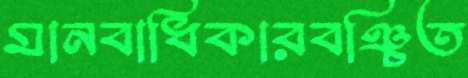
মানবাধিকারবঞ্চিত